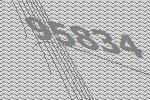
95834